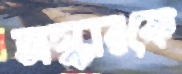
অস্কারকে